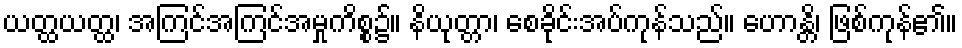
ယတ္ထယတ္ထ၊ အကြင်အကြင်အမှုကိစ္စ၌။ နိယုတ္တာ၊ စေခိုင်းအပ်ကုန်သည်။ ဟောန္တိ၊ ဖြစ်ကုန်၏။